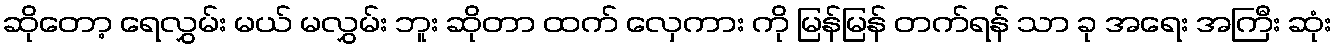
ဆိုတော့ ရေလွှမ်း မယ် မလွှမ်း ဘူး ဆိုတာ ထက် လှေကား ကို မြန်မြန် တက်ရန် သာ ခု အရေး အကြီး ဆုံး